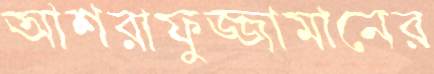
আশরাফুজ্জামানের